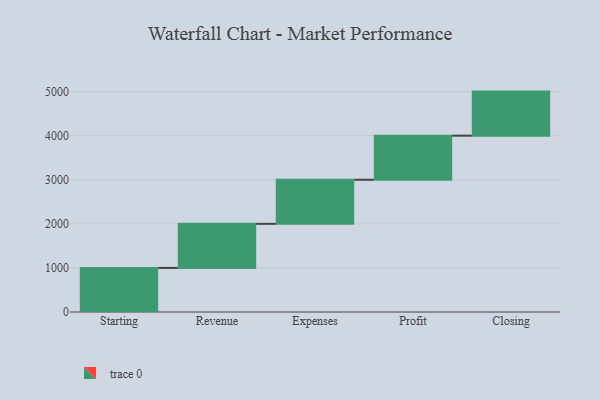
{"axis": {"x": "Step", "y": "Value"}, "legend": [""], "data": [{"x": "Starting", "y": 1000, "type": ""}, {"x": "Revenue", "y": 1000, "type": ""}, {"x": "Expenses", "y": 1000, "type": ""}, {"x": "Profit", "y": 1000, "type": ""}, {"x": "Closing", "y": 1000, "type": ""}]}